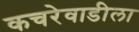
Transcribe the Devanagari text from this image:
कचरेवाडीला